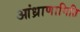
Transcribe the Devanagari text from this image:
आंध्राणामिति